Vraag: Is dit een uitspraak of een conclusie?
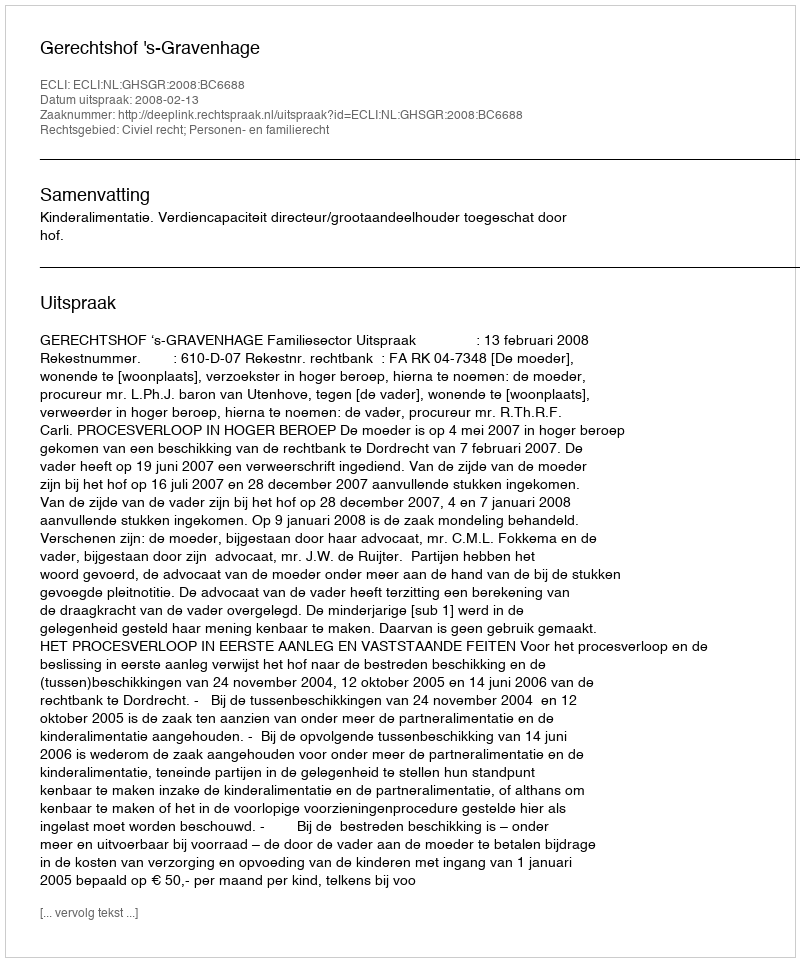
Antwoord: Uitspraak